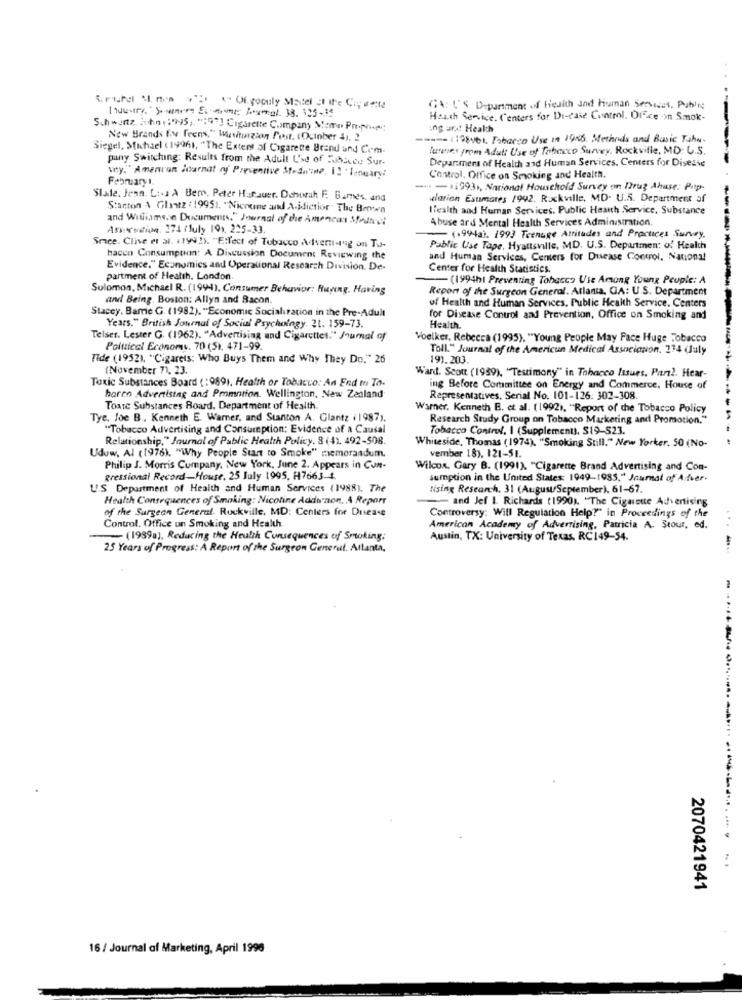
S. pourel Since 22 ( Of gopaly Matel of the Careta
[Austry." ) warm EL trom boxmal. 38. 125-14
CA: U'S Department of health and human Services, Public
Heath Service Centers for Disease Control, Ofice on Smok-
Schwartz. Huhn : : '%S ,. ":9"] Cigarette Company Meme Propone:
ing und! Health
New Brands E.v Teens," Wasituzion Frast. (October 4). 2
----- (198y61, Tobacco Use in 1945, Methods and Basic Tahw.
Siegel, Michael ( 19961, "The Extent of Cigarette Brand und Com.
lunes from Adult Use of Tobacco Survey. Rockville, MD: U.S.
pany Switching: Results from the Adult Use of Tobacco Sur.
vy." American Journal of Preventive Mt-Suite. 1! January:
Department of Health and Human Services, Centers for Disease
Februaryt.
Control, Office on Smoking and Health.
- - 1993, National Household Survey on Drug Abuse: Pap
Slate. Jenn. L :- s A Bero. Peter Harsuer. Dohorah F. B.mes, and
clarion Esumares /992. Rockville, MD- U.S. Department of
Starton A Glatz : 19951. "Nicoune and A-idiction" The Brown
Health and Human Services. Public Health Service, Substance
and Williamson Document." Journal of the Amencas Source!
Association. 174 ( July 199. 225-33.
Abuse ard Mental Health Services Administration.
Smee. Clive et al. ( 199 2). "Effect of Tobacco Advertising on Tu-
-(199a). 1993 Teenage Attitudes and Practices Survey.
Public Use Tape, Hyattsville, MD. U.S. Department of Health
hacco Consumption: A Discussion Document Reviewing the
and Human Services, Centers for Disease Control. National
Evidence." Economics and Operational Research Division. De-
Center for Health Statistics.
partment of Health. London.
- (1994h) Preventing Tobacco Vie Among Young People: A
Solomon, Michael R. (1994), Consumer Behavior: Buying, Having
Report of the Surgeon General. Atlanta, GA: U.S. Department
and Being. Boston: Allyn and Bacon.
Stacey. Bare G. (1982). "Economic Socialization in the Pre-Adult
of Health and Human Services. Public Health Service, Centers
for Disease Control and Prevention, Office on Smoking and
Years." British Journal of Social Psychology. 21. 159-73.
Health.
Telser. Lester G. (1962). "Advertising and Cigarettes." Journal of
Voelker, Rebecca (1995), "Young People May Face Huge Tobacco
Political Economy. 70 (5), 471-99.
Toll." Journal of the American Medical Association, 234 (July
Tide (1952), "Cigarets: Who Buys Them and Why They Do." 26
191.203.
(November 71, 23.
Toxic Substances Board (:9891, Health or Tobacco: An End to To-
Ward. Scott (1989), "Testimony" in Tobacco Issues. Par2. Hear-
ing Before Committee on Energy and Commerce. House of
harco Advertising and Pmmotion. Wellington, New Zealand
Representatives, Serial No. 101-126: 302-308.
Toate Substances Board, Department of Health.
Warner. Kenneth B. et al. (1992), "Report of the Tobacco Policy
Tye. Joe B .. Kenneth E. Warner, and Stanton A. Glantz (1987).
Research Study Group on Tobacco Marketing and Promotion."
"Tobacco Advertising and Consumption: Evidence of a Causal
Tobacco Control. I (Supplement), S19-523.
Relationship," Journal of Public Health Policy. 8(41. 492-508.
Whiteside, Thomas (1974). "Smoking Still." New Yorker. 50 (No-
Udow, Al (1976). "Why People Start to Smoke" memorandum.
vember 18), 121-51.
Philip J. Morris Company, New York, June 2. Appears in Cun-
Wilcox, Gary B. (1991), "Cigarette Brand Advertising and Con-
Pressional Record-House, 25 July 1995. H7663-4
sumption in the United States: 1949-1985." Journal of Afver.
US Department of Health and Human Services (1988). The
Nising Research. 31 (August/September), 61-67.
Health Consequences of Smoking: Nicotine Addo non. A Report
and Jef I. Richards (1990). "The Cigarette Advertising
of the Surgeon General. Ruckville, MD: Centers for Disease
Control. Office un Smoking and Health
Controversy: Will Regulation Help?" in Proceedings of the
American Academy of Advertising, Patricia A. Stout, ed.
...
- (1989a), Reducing the Health Consequences of Smoking.
Austin, TX: University of Texas, RC149-54.
25 Years of Progress: A Report of the Surgeon General. Atlanta,
2070421941
16 / Journal of Marketing, April 1996